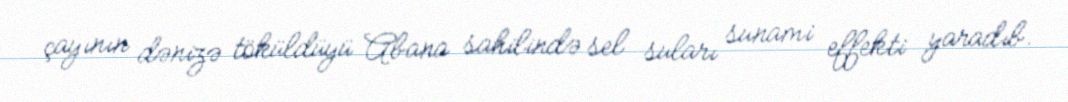
çayının dənizə töküldüyü Abana sahilində sel suları sunami effekti yaradıb.